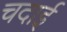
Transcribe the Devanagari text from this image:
चदाई